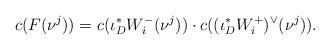
LaTeX: \begin{align*}c(F(\nu^{j}))=c(\iota_{D}^{*}W^{-}_{i}(\nu^{j}))\cdot c((\iota_{D}^{*}W^{+}_{i})^{\vee}(\nu^{j})).\end{align*}